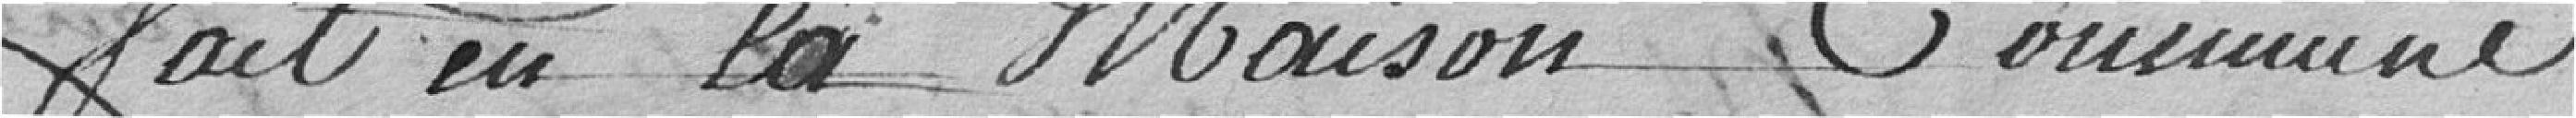
Fait en la maison commune